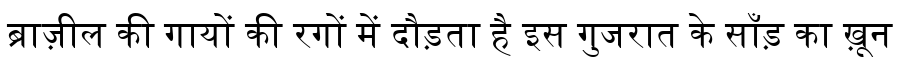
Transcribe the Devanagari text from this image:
ब्राज़ील की गायों की रगों में दौड़ता है इस गुजरात के साँड़ का ख़ून